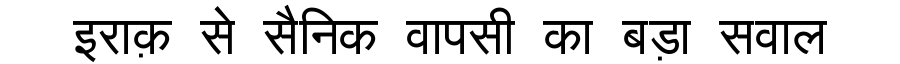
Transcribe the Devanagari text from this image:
इराक़ से सैनिक वापसी का बड़ा सवाल